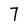
Character: 7